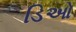
ડિઓ